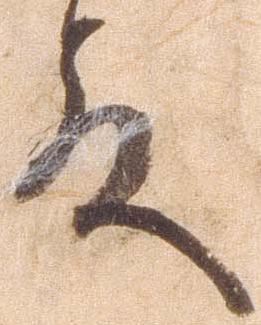
殿